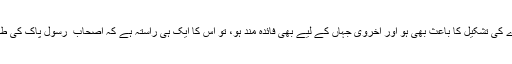
اب سوال یہ پیدا ہوتا ہے کہ ایسی تعلیم کہاں سے حاصل کی جائے جو اس جہاں میں ایک مثالی معاشرے کی تشکیل کا باعث بھی ہو اور اُخروی جہاں کے لیے بھی فائدہ مند ہو، تو اس کا ایک ہی راستہ ہے کہ اصحاب ِ رسولؐ پاک کی طرف رجوع کیا جائے کہ انہوں نے حُسنِ اعمال اور حُسنِ اخلاق کی کونسی یونیورسٹی میں داخلہ لیا تھا؟